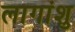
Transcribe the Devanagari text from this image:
लागांशु